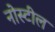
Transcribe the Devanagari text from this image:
नोस्टील